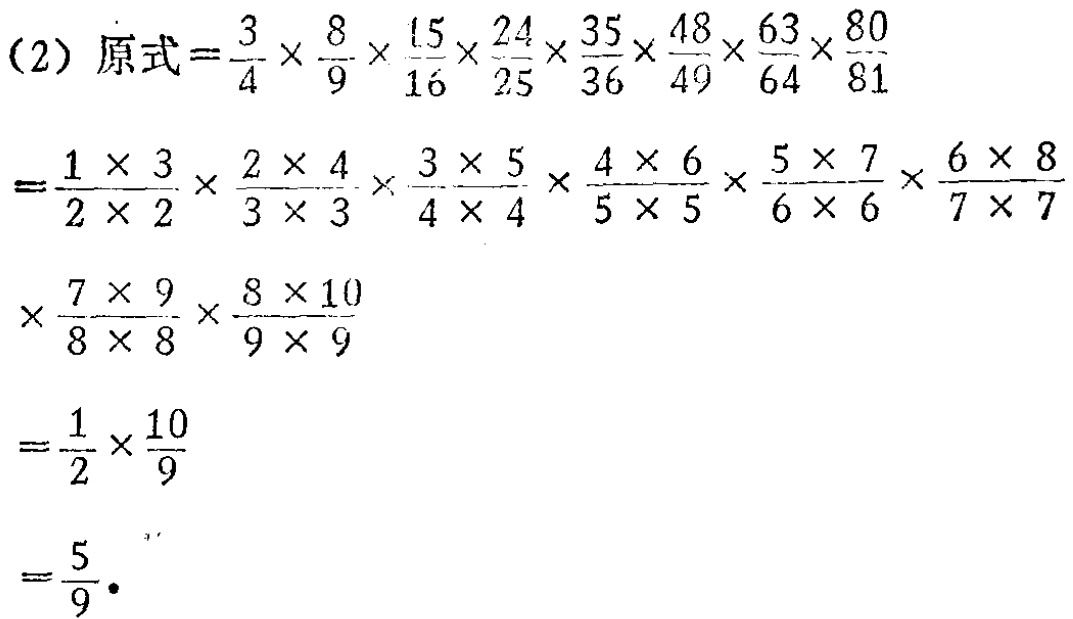
(2) 原式$=\frac{3}{4} \times \frac{8}{9} \times \frac{15}{16} \times \frac{24}{25} \times \frac{35}{36} \times \frac{48}{49} \times \frac{63}{64} \times \frac{80}{81}$

$=\frac{1 \times 3}{2 \times 2} \times \frac{2 \times 4}{3 \times 3} \times \frac{3 \times 5}{4 \times 4} \times \frac{4 \times 6}{5 \times 5} \times \frac{5 \times 7}{6 \times 6} \times \frac{6 \times 8}{7 \times 7}$

$\times \frac{7 \times 9}{8 \times 8} \times \frac{8 \times 10}{9 \times 9}$

$=\frac{1}{2} \times \frac{10}{9}$

$=\frac{5}{9}$